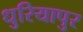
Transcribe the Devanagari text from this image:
धुरियापुर